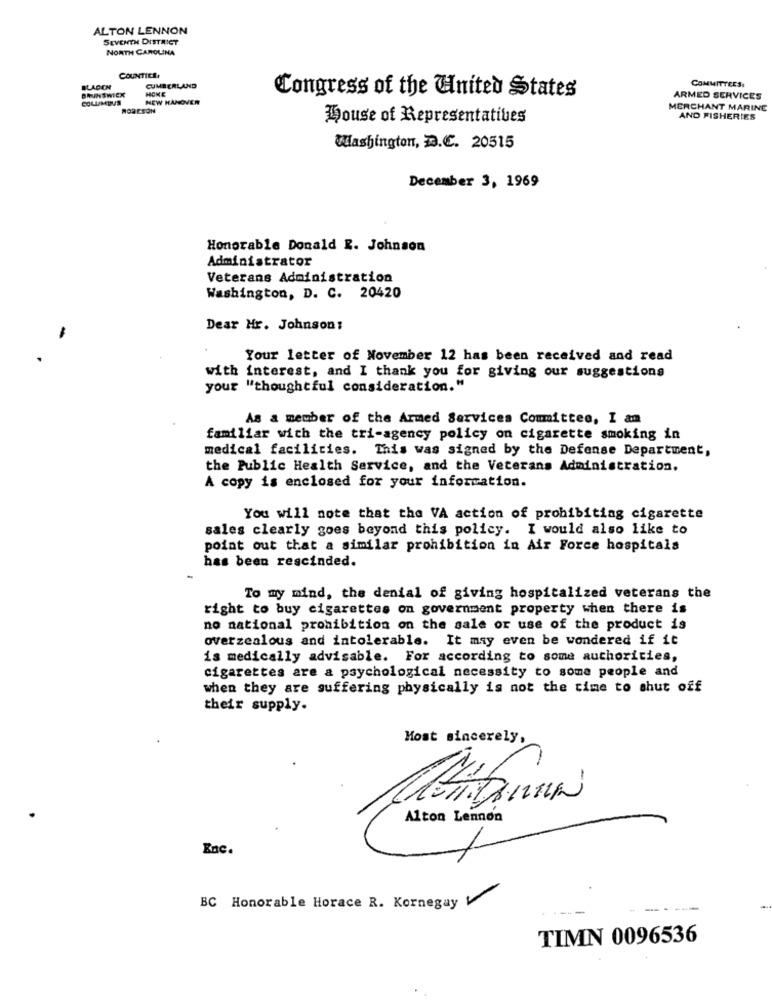
ALTON LENNON
SEVENTH DISTRICT
NORTH CAROLINA
COUNTICE,
COMMITTEES.
BLACICH
BRUNSWICK
CUMBERLAND
HOKE
Congress of the United States
COLUMBUS
NEW HANOVER
ARMED SERVICES
RORCSON
MERCHANT MARINE
House of Representatives
AND FISHERIES
Washington, D.C. 20515
December 3, 1969
Honorable Donald R. Johnson
Administrator
Veterans Administration
Washington, D. C. 20420
Dear Mr. Johnson:
Your letter of November 12 has been received and read
with interest, and I thank you for giving our suggestions
your "thoughtful consideration."
As a member of the Armed Services Committee, I am
familiar with the tri-agency policy on cigarette smoking in
medical facilities. This was signed by the Defense Department,
the Public Health Service, and the Veterans Administration.
A copy is enclosed for your information.
You will note that the VA action of prohibiting cigarette
sales clearly goes beyond this policy. I would also like to
point out that a similar prohibition in Air Force hospitals
has been rescinded.
To my mind, the denial of giving hospitalized veterans the
right to buy cigarettes on government property when there is
no national prohibition on the sale or use of the product is
overzealous and intolerable. It may even be wondered if it
is medically advisable. For according to some authorities,
cigarettes are a psychological necessity to some people and
when they are suffering physically is not the time to shut off
their supply.
Most sincerely,
-
-
Alton Lennon
Enc.
BC Honorable Horace R. Kornegay V
----
TIMN 0096536